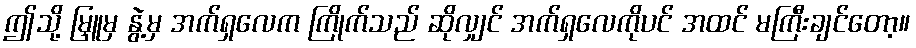
ဤသို့ မြှူမှ နွဲ့မှ အက်ရှလေက ကြိုက်သည် ဆိုလျှင် အက်ရှလေကိုပင် အထင် မကြီးချင်တော့။